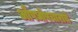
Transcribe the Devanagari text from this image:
औषधोपचाराचे